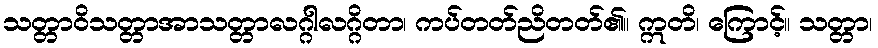
သတ္တာဝိသတ္တာအာသတ္တာလဂ္ဂါလဂ္ဂိတာ၊ ကပ်တတ်ညိတတ်၏။ ဣတိ၊ ကြောင့်။ သတ္တာ၊